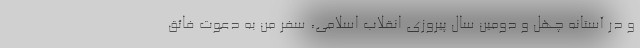
و در آستانه چهل و دومین سال پیروزی انقلاب اسلامی، سفر من به دعوت فائق